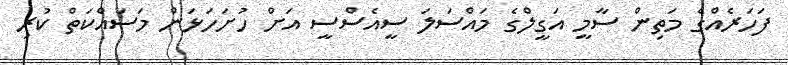
ފަހަރެއްގެ މަތިން ސާމީ އަގީލްގެ މައްސަލަ ސީއެސްސީ އަށް ހުށަހަޅަން މަސައްކަތް ކުރި